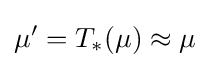
\mu '=T_{*}(\mu )\approx \mu